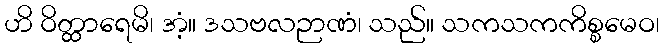
ဟိ ဝိတ္ထာရေမိ၊ အံ့။ ဒသဗလဉာဏံ၊ သည်။ သကသကကိစ္စမေဝ၊